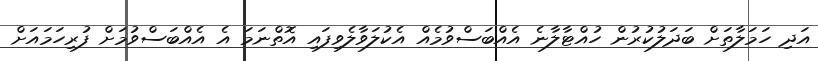
އަދި ހަމަލާތަށް ބަދަލުކުރުން ހުއްޓާލާނެ އެއްބަސްވުމެއް އެކުލަވާލެވިފައި އޮތްނަމަ އެ އެއްބަސްވުމަށް ފުރިހަމައަށް